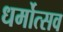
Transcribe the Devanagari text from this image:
धर्मोत्सव